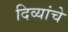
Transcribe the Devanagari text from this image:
दिव्यांचे